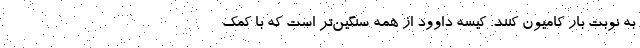
به نوبت بار کامیون کنند. کیسه داوود از همه سنگین‌تر است که با کمک